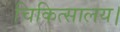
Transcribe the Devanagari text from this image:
चिकित्सालय।